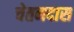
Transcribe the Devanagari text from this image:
चेतनदास